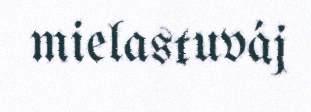
mielastuváj